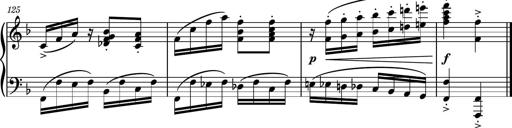
Title: Piano Sonatina No.8
Composer: Dimitri Sykias
Key: F major